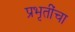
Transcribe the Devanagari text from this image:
प्रभृतींचा